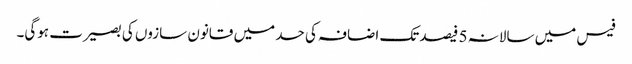
فیس میں سالانہ 5 فیصد تک اضافہ کی حد میں قانون سازوں کی بصیرت ہوگی۔